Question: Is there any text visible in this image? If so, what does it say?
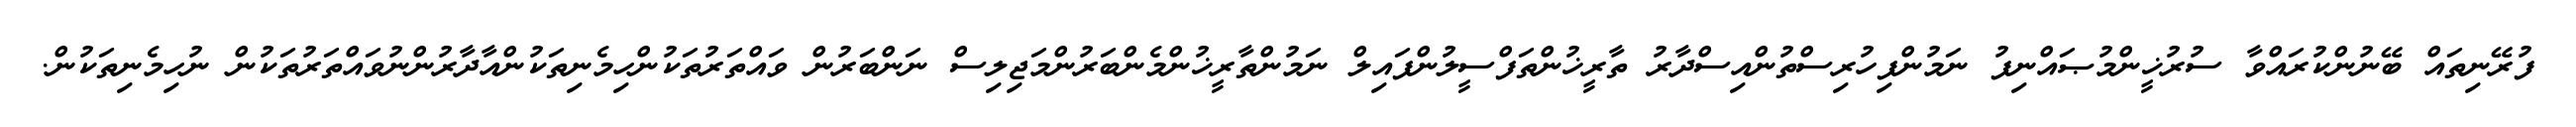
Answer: ފުރޭނިތައް ބޭނުންކުރައްވާ ސުރުޚީންމުޞައްނިފު ނަމުންފިހުރިސްތުންއިސްދާރު ތާރީޚުންތަފްސީލުންފައިލް ނަމުންތާރީޚުންމެންބަރުންމަޖިލިސް ނަންބަރުން ވައްތަރުތަކުންހިމެނިތަކުންއާދާރުންނުވައްތަރުތަކުން ނުހިމެނިތަކުން.